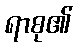
ရာစု၏